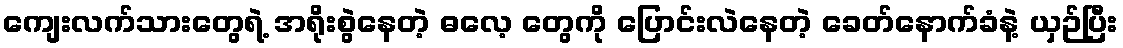
ကျေးလက်သားတွေရဲ့ အရိုးစွဲနေတဲ့ ဓလေ့ တွေကို ပြောင်းလဲနေတဲ့ ခေတ်နောက်ခံနဲ့ ယှဉ်ပြီး